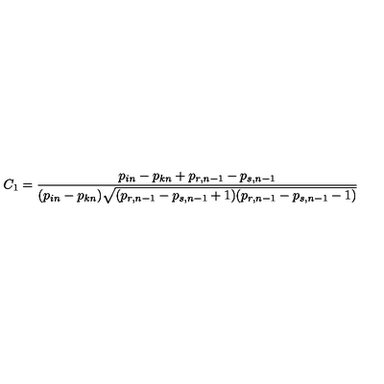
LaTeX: C _ { 1 } = \frac { p _ { i n } - p _ { k n } + p _ { r , n - 1 } - p _ { s , n - 1 } } { ( p _ { i n } - p _ { k n } ) \sqrt { ( p _ { r , n - 1 } - p _ { s , n - 1 } + 1 ) ( p _ { r , n - 1 } - p _ { s , n - 1 } - 1 ) } }